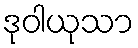
ဒုဝါယုသာ